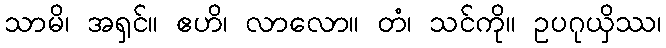
သာမိ၊ အရှင်။ ဧဟိ၊ လာလော။ တံ၊ သင်ကို။ ဥပဂုယှိဿ၊